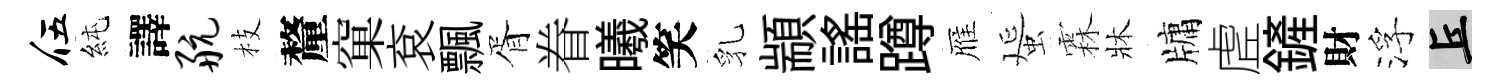
伍純譯航枝釐窠袞飄胥眷曦笑乳顓謡蹲雁蜑霖牀牗虗鏟財浮丘